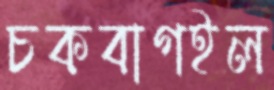
চকবাগইল